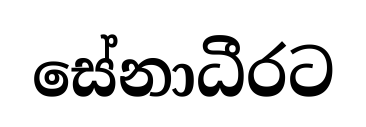
සේනාධීරට